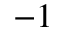
^ { - 1 }